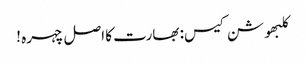
کلبھوشن کیس: بھارت کا اصل چہرہ !